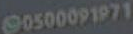
90500091971